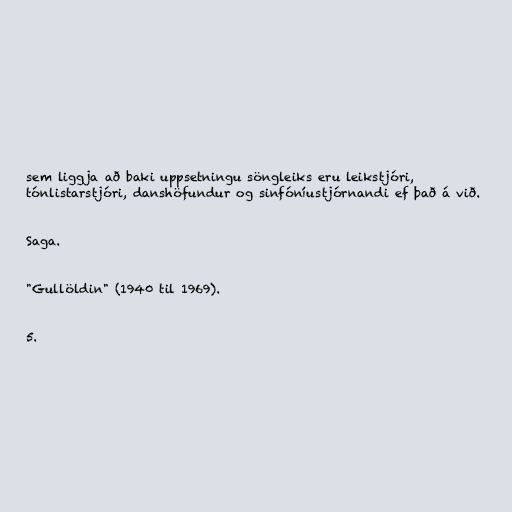
sem liggja að baki uppsetningu söngleiks eru leikstjóri,
tónlistarstjóri, danshöfundur og sinfóníustjórnandi ef það á við.

Saga.

"Gullöldin" (1940 til 1969).

5.